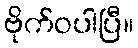
ဗိုက်ဝပါပြီ။